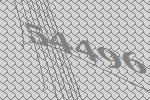
54496